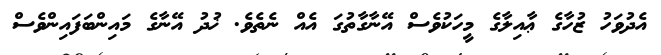
އެދުވަހު ޒުހާގެ ޢާއިލާގެ މީހަކުވެސް އޭނާގާތުގަ އެއް ނެތެވެ. ޚުދު އޭނާގެ މައިންބަފައިންވެސް